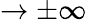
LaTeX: \rightarrow\pm\infty